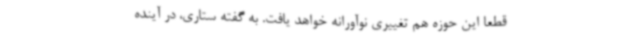
قطعا این حوزه هم تغییری نوآورانه خواهد یافت. به گفته ستاری، در آینده